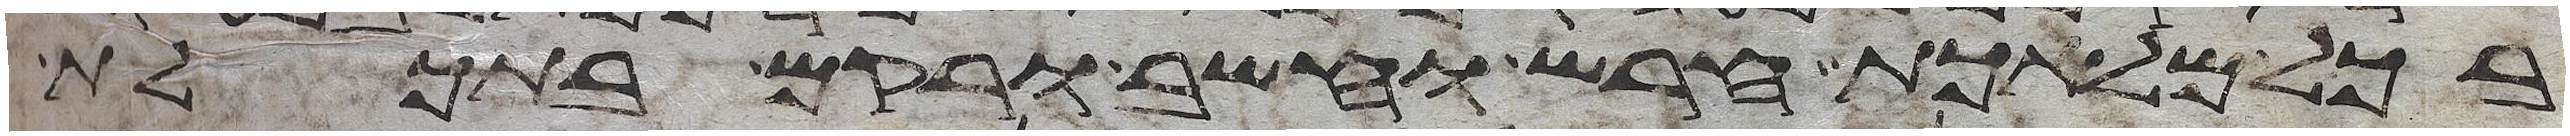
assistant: בכל מלאכת חרש וחשב ורקם בתכלת